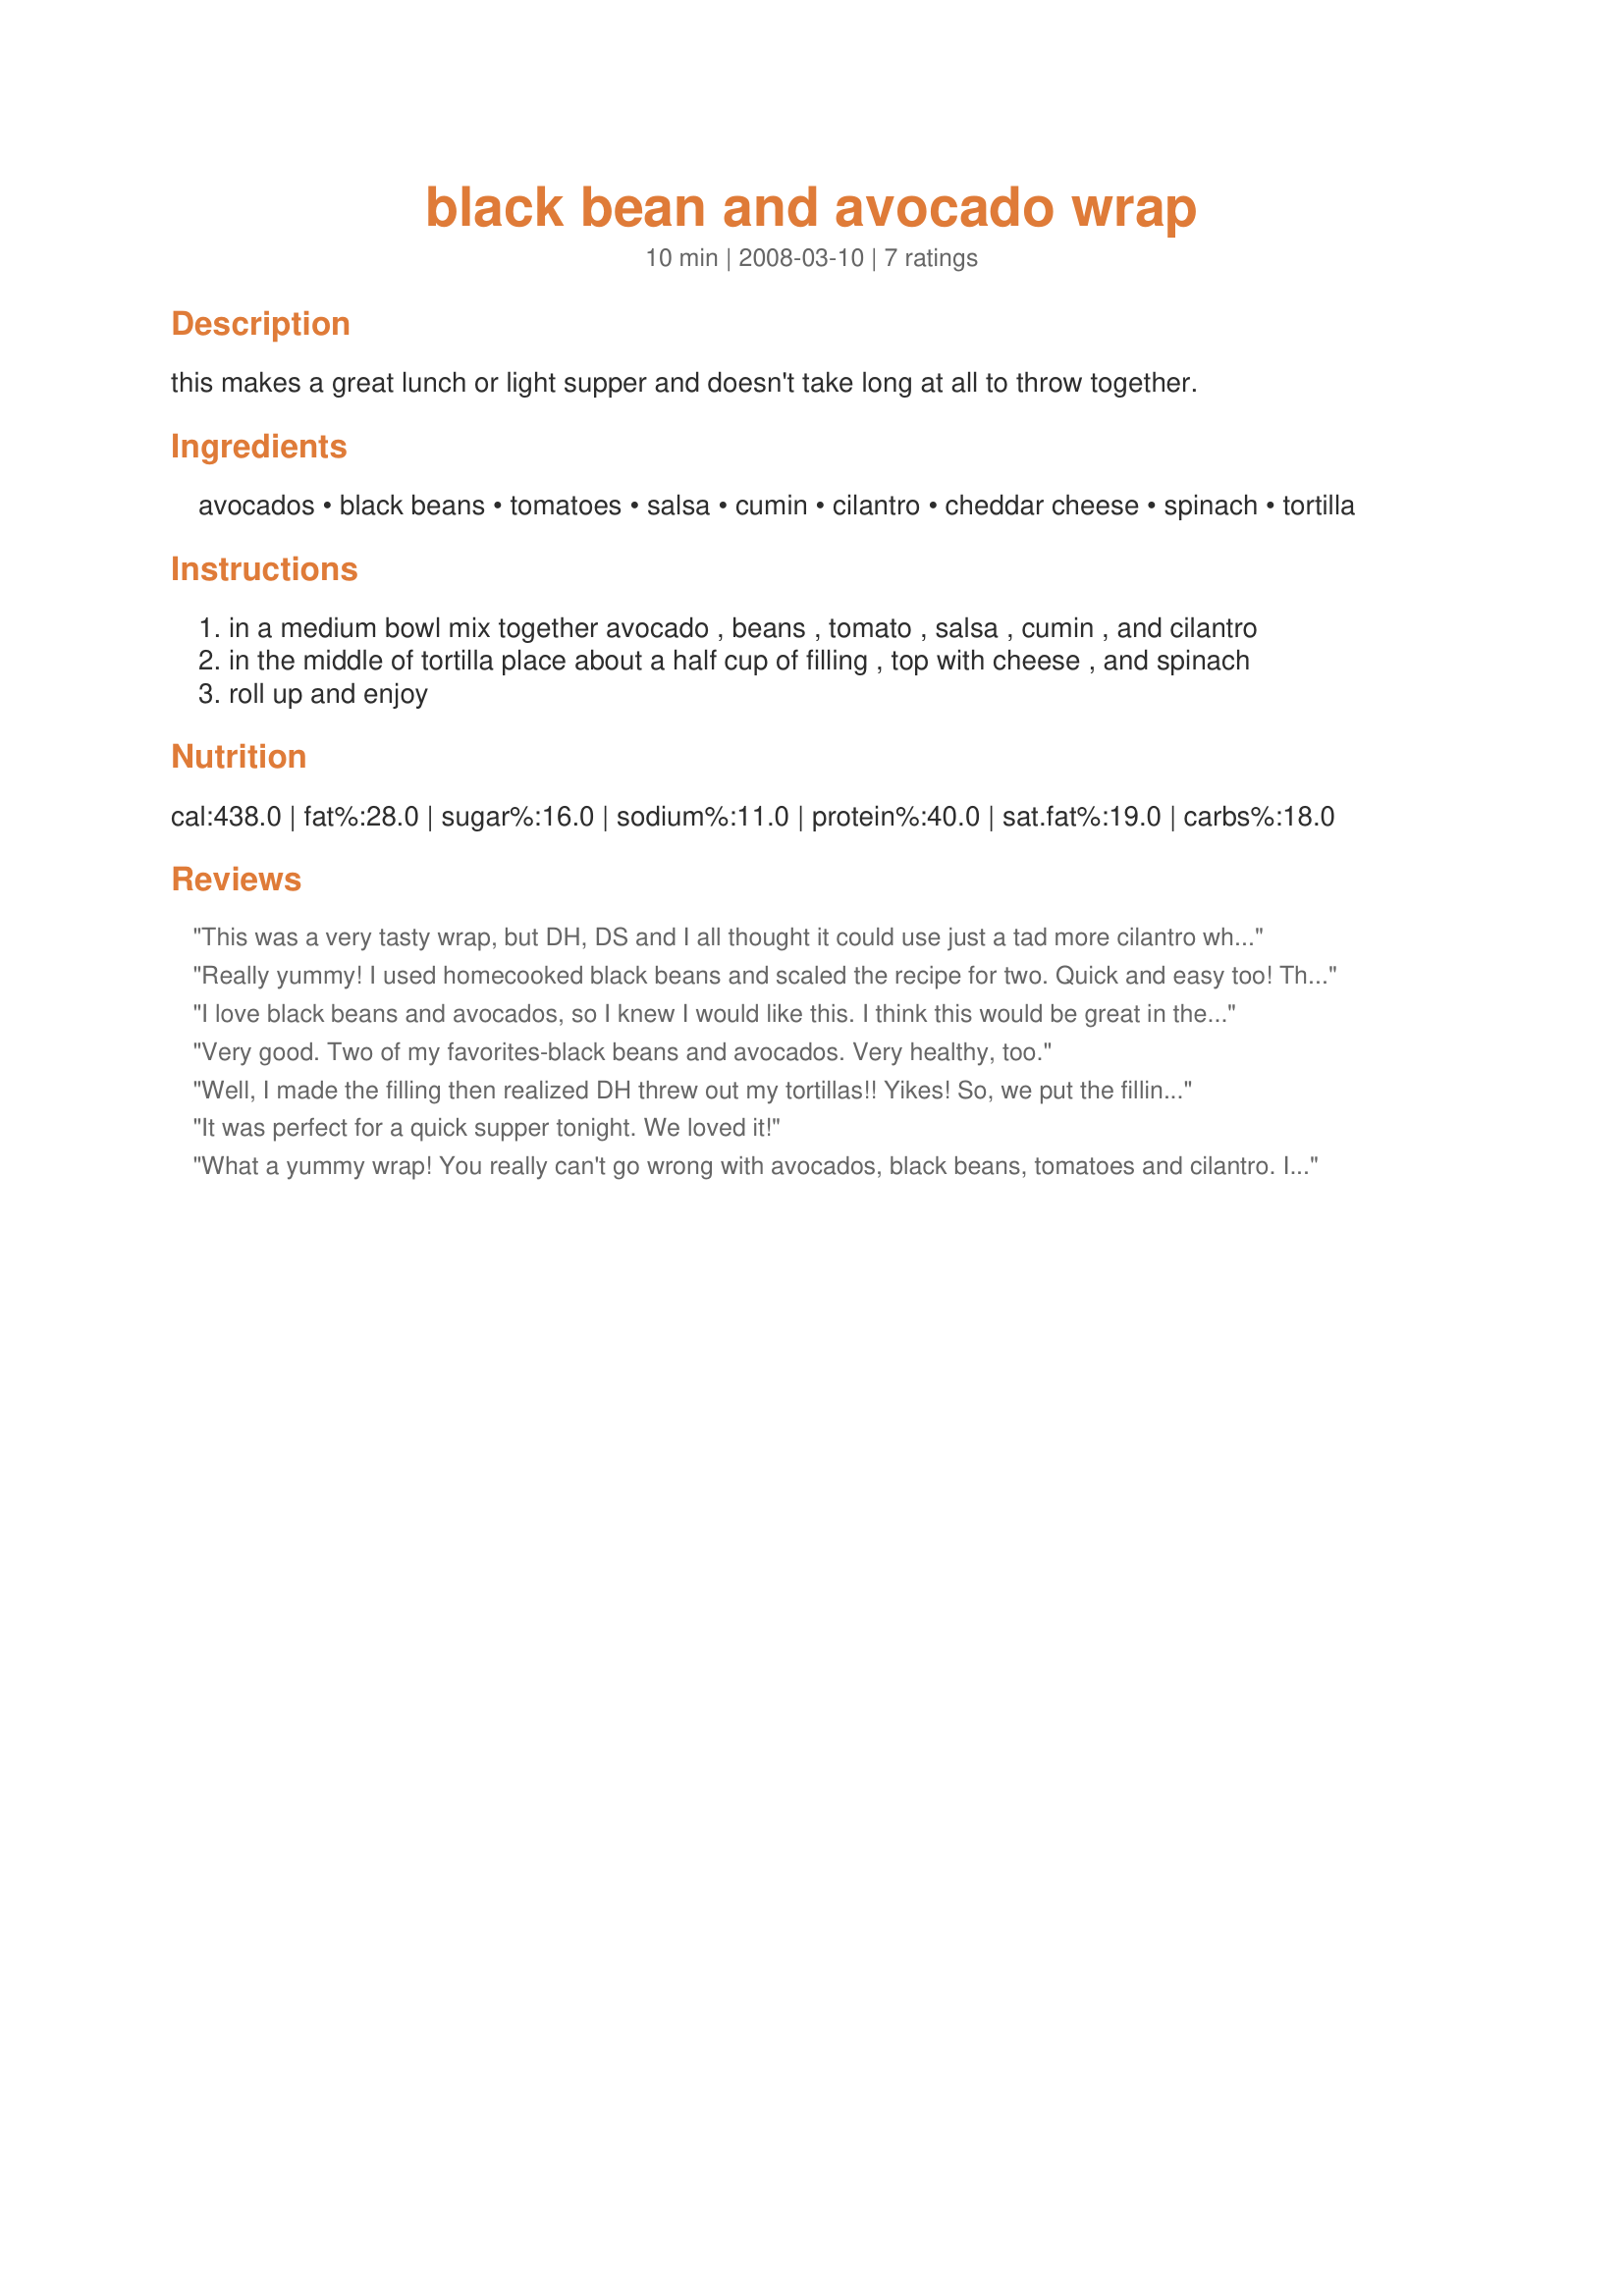
black bean and avocado wrap
Preparation time: 10 minutes

this makes a great lunch or light supper and doesn't take long at all to throw together.

Ingredients:
avocados, black beans, tomatoes, salsa, cumin, cilantro, cheddar cheese, spinach, tortilla

Steps:
in a medium bowl mix together avocado , beans , tomato , salsa , cumin , and cilantro
in the middle of tortilla place about a half cup of filling , top with cheese , and spinach
roll up and enjoy

Reviews:
This was a very tasty wrap, but DH, DS and I all thought it could use just a tad more cilantro which is just a personal preference. DS and DH both requested a shake of hot sauce on their wrap, which they said was just the thing to give it a bit of a kick, but I liked mine just as written, though I have to admit that I smothered mine in sour cream. Made for ZWT5.
Really yummy! I used homecooked black beans and scaled the recipe for two. Quick and easy too! Thanks Heidi!
I love black beans and avocados, so I knew I would like this. I think this would be great in the summer....a no cooking meal! I missed the taste of onion in this. I wanted to add it, but also wanted to make it as posted the first time. The great thing is, I can add onion and some fresh corn to the mix and have a great dip for tortilla chips! I had this for lunch today and it was very enjoyable. Thanks for posting! I made this for PRMR tag.
Very good. Two of my favorites-black beans and avocados. Very healthy, too.
Well, I made the filling then realized DH threw out my tortillas!! Yikes! So, we put the filling over a bed of spinach (trying to stay as true to the recipe as possible). Because of the extra spinach, I sprinkled a little olive oil and lime juice to kick it up and it was wonderful. I imagine it would be great in a tortilla too, but I would eat it over the spinach as well again. Thanks for the wonderful (and versatile) recipe!!
It was perfect for a quick supper tonight. We loved it!
What a yummy wrap! You really can't go wrong with avocados, black beans, tomatoes and cilantro. I loved that this halved easily since it was only my DH and I for dinner. I doubled the cumin and added a bunch of hot sauce for a little kick. Super fast to throw together too!
